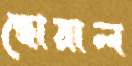
ছোয়াল